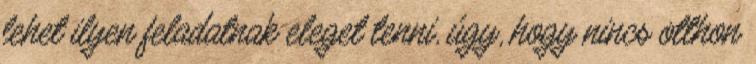
lehet ilyen feladatnak eleget tenni, úgy, hogy nincs otthon